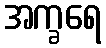
အက္ခရေ